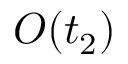
\cal { { O } ( t _ { 2 } ) }